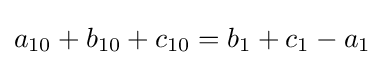
a_{10}+b_{10}+c_{10}=b_{1}+c_{1}-a_{1}